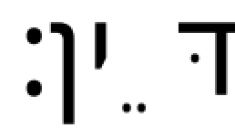
דֵּין׃